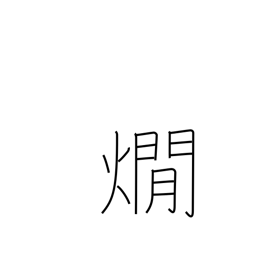
Meaning: warming sake